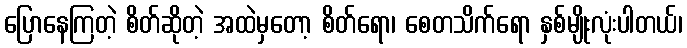
ပြောနေကြတဲ့ စိတ်ဆိုတဲ့ အထဲမှတော့ စိတ်ရော၊ စေတသိက်ရော နှစ်မျိုးလုံးပါတယ်၊